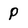
Character: P